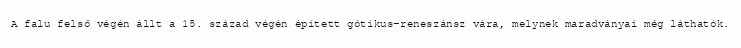
A falu felső végén állt a 15. század végén épített gótikus-reneszánsz vára, melynek maradványai még láthatók.